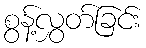
စွန့်လွှတ်ခြင်း